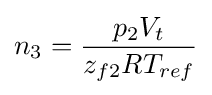
n_{3}={\frac {p_{2}V_{t}}{z_{f2}RT_{ref}}}